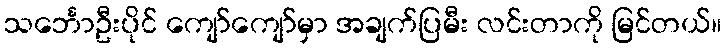
သင်္ဘောဦးပိုင် ကျော်ကျော်မှာ အချက်ပြမီး လင်းတာကို မြင်တယ်။